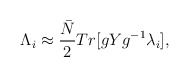
\begin{align*}{\Lambda}_i \approx\frac{{\bar N}}{2}Tr[gYg^{-1}{\lambda}_i],\end{align*}